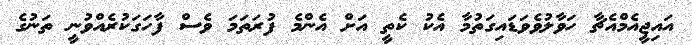
އައިޖީއެމްއެޗާ ހަވާލުވެވަޑައިގަތުމާ އެކު ކެތީ އަށް އެންމެ ފުރަތަމަ ވެސް ފާހަގަކުރެއްވުނީ ތަނުގެ